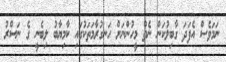
ނަމަވެސް އެފަދަ ގާބިލުކަން ނެތް މީހުންނަށް ހަނގުރާމަތަކުގައި ކާމިޔާބު ލިބެނީ ގެ ނަސްރު